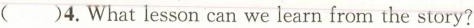
4.What lesson can we learn from the story?